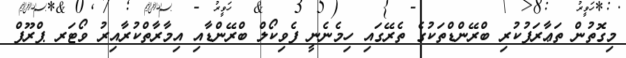
މިގޮތުން ތަޢާރަފުކުރި ބްރޭންޑްތަކުގެ ތެރޭގައި ހިމެނެނީ ފެވިކޯލް ބްރޭންޑާއި އިމާރާތްކުރާއިރު ވޯޓަރ ޕްރޫފް